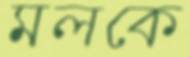
মলকে